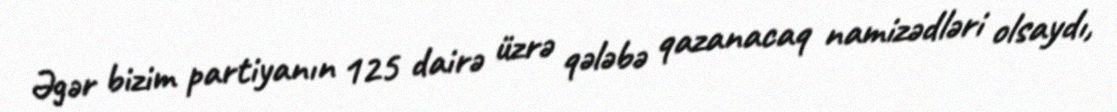
Əgər bizim partiyanın 125 dairə üzrə qələbə qazanacaq namizədləri olsaydı,